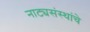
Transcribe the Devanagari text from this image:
नाट्यसंस्थांचे